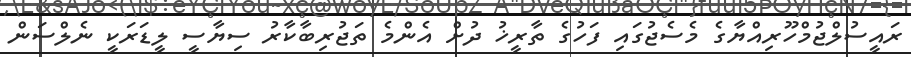
ރައީސުލްޖުމްހޫރިއްޔާގެ މެސެޖުގައި ފަހުގެ ތާރީޚު ދުށް އެންމެ ތަޖުރިބާކާރު ސިޔާސީ ލީޑަރަކީ ނެލްސަން